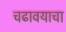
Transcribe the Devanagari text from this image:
चढावयाचा